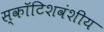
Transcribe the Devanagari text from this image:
स्कॉटिशवंशीय